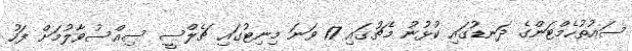
ސައުތުހެމްޓަންގެ ދަނޑުގައި ކުޅުނު މެޗުގައި 17 ވަނަ މިނިޓުގައި ޗެލްސީ ސިއްސުވާލުމަށް ފަހު